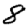
Digit: 8